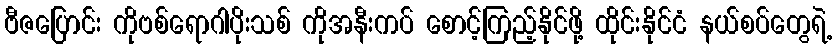
ဗီဇပြောင်း ကိုဗစ်ရောဂါပိုးသစ် ကိုအနီးကပ် စောင့်ကြည့်နိုင်ဖို့ ထိုင်းနိုင်ငံ နယ်စပ်တွေရဲ့